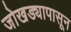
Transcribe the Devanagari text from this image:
जोखड्यापासून